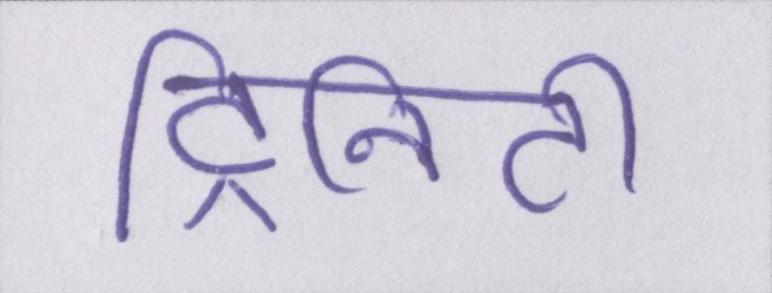
ट्रिनिटी